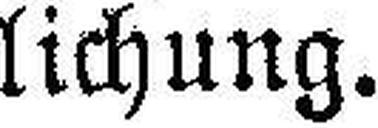
lichung.